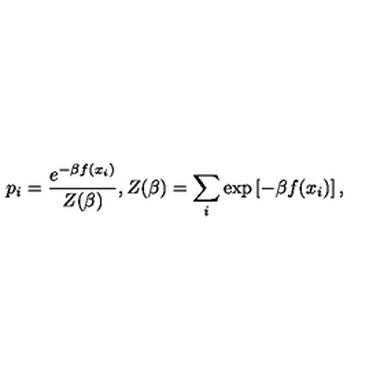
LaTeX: p _ { i } = { \frac { e ^ { - \beta f ( x _ { i } ) } } { Z ( \beta ) } } , Z ( \beta ) = \sum _ { i } { \exp \left[ { - \beta f ( x _ { i } ) } \right] , }